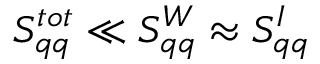
S _ { q q } ^ { t o t } \ll S _ { q q } ^ { W } \approx S _ { q q } ^ { I }